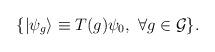
LaTeX: \begin{align*}\{ |\psi_g \rangle\equiv T(g)\psi_0,\ \forall g\in {\cal G} \}.\end{align*}